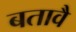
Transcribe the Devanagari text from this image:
बतावै